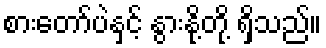
စားတော်ပဲနှင့် နွားနို့တို့ ရှိသည်။